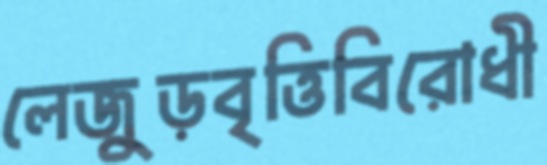
লেজুড়বৃত্তিবিরোধী